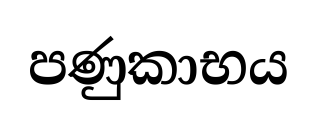
පණුකාභය